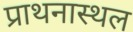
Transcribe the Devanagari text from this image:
प्राथनास्थल